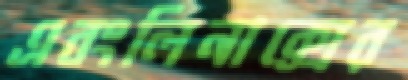
এবংলিনাক্সের